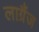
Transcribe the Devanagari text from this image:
लाग्रैंज